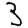
Digit: 3